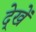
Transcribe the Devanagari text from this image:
दे्खें